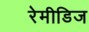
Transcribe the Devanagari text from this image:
रेमीडिज